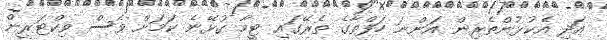
އަދި އެކުޅުންތެރިން އަންނަ ހަފްތާގެ ތެރޭގައި ޓީމާ ގުޅޭނެ ކަމަށް ވެސް ވިކްޓަރީން